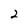
Character: 2